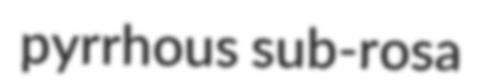
pyrrhous sub-rosa